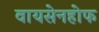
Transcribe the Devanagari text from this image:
वायसेनहोफ